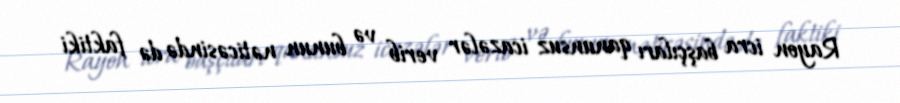
Rayon icra başçıları qanunsuz icazələr verib və bunun nəticəsində də faktiki